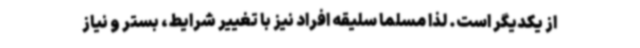
از یکدیگر است. لذا مسلماً سلیقه افراد نیز با تغییر شرایط، بستر و نیاز